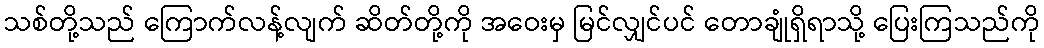
သစ်တို့သည် ကြောက်လန့်လျက် ဆိတ်တို့ကို အဝေးမှ မြင်လျှင်ပင် တောချုံရှိရာသို့ ပြေးကြသည်ကို